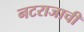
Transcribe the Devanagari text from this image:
नटराजाची